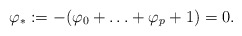
\begin{align*} \varphi_{*}:=-(\varphi_0+\ldots+\varphi_p+1)=0.\end{align*}